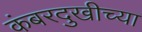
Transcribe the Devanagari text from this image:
कंबरदुखीच्या